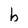
Character: b